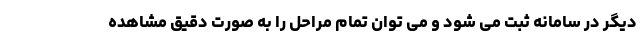
دیگر در سامانه ثبت می شود و می توان تمام مراحل را به صورت دقیق مشاهده